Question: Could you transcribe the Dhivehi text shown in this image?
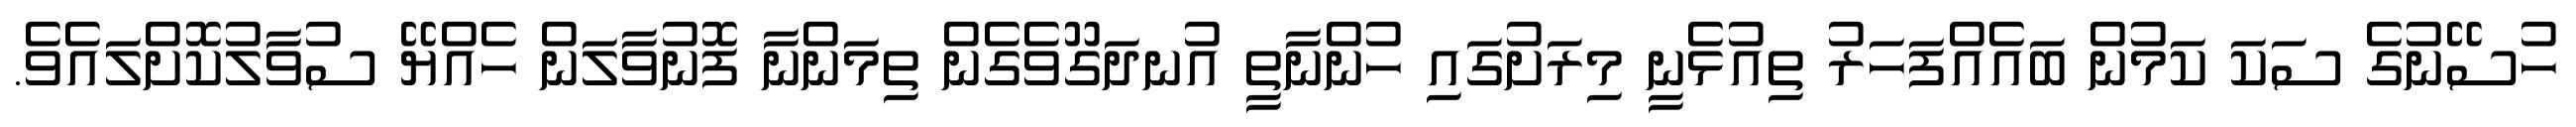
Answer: ހުސޭނުގެ ސަކަ ކަމުން ބައެއްފަހަރު ތިއުޅެނީ މިރަށުގައި ހުންނާތީ އުނދަގޫވެގެން ތިމަންނާ ފޮނުވާލަން ހެއްޔޭ ސުވާލުކޮށްލައެވެ.